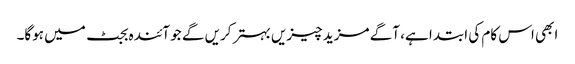
ابھی اس کام کی ابتدا ہے، آگے مزید چیزیں بہتر کریں گے جو آئندہ بجٹ میں ہوگا۔